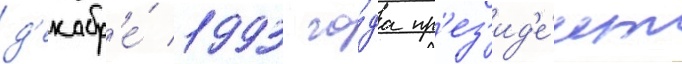
д'екабр'е́ 1993 го́да пр'ез'ид'е́нт